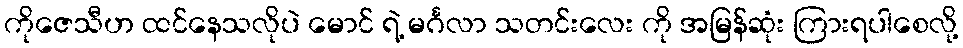
ကိုဇေသီဟ ထင်နေသလိုပဲ မောင် ရဲ့ မင်္ဂလာ သတင်းလေး ကို အမြန်ဆုံး ကြားရပါစေလို့